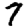
Digit: 7